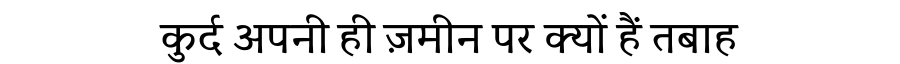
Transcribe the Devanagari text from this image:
कुर्द अपनी ही ज़मीन पर क्यों हैं तबाह